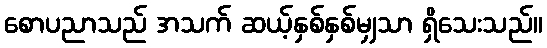
စောပညာသည် အသက် ဆယ့်နှစ်နှစ်မျှသာ ရှိသေးသည်။